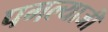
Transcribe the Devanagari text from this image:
पगल्याजी